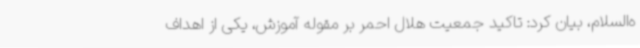
ه‌السلام، بیان کرد: تاکید جمعیت هلال احمر بر مقوله آموزش، یکی از اهداف